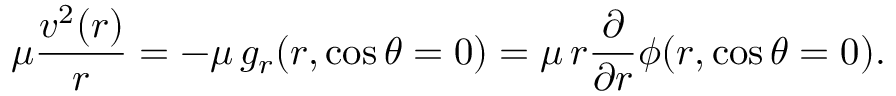
\mu \frac { v ^ { 2 } ( r ) } { r } = - \mu \, g _ { r } ( r , \cos \theta = 0 ) = \mu \, r \frac { \partial } { \partial r } \phi ( r , \cos \theta = 0 ) .